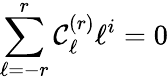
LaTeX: \sum_{\ell=-r}^{r}\mathcal{C}_{\ell}^{(r)}\ell^{i}=0